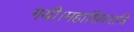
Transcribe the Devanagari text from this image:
गयी।महाशिवरात्रि